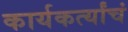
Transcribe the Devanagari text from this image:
कार्यकर्त्यांचं